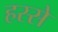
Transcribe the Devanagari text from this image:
हस्से